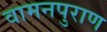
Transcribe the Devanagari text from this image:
वामनपुराण